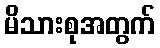
မိသားစုအတွက်